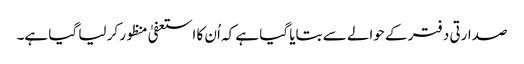
صدارتی دفتر کے حوالے سے بتایا گیا ہے کہ اُن کا استعفیٰ منظور کر لیا گیا ہے۔